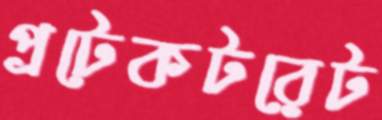
প্রটেকটরেট